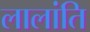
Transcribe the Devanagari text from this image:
लालांति